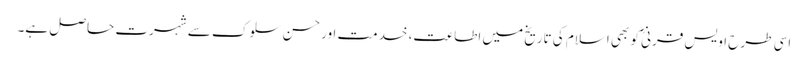
اسی طرح اویس قرنیؓ کو بھی اسلام کی تاریخ میں اطاعت، خدمت اور حسن سلوک سے شہرت حاصل ہے۔